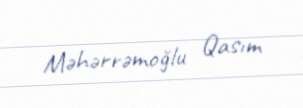
Məhərrəmoğlu Qasım